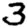
Digit: 3